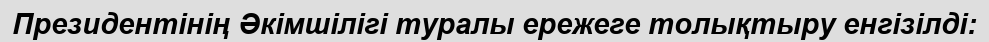
Президентінің Әкімшілігі туралы ережеге толықтыру енгізілді: